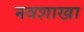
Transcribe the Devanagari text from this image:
नवशाखा